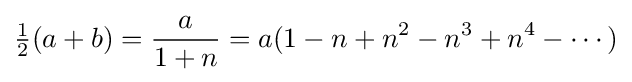
{\tfrac {1}{2}}(a+b)={\frac {a}{1+n}}=a(1-n+n^{2}-n^{3}+n^{4}-\cdots )